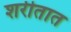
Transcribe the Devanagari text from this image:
शरीतात